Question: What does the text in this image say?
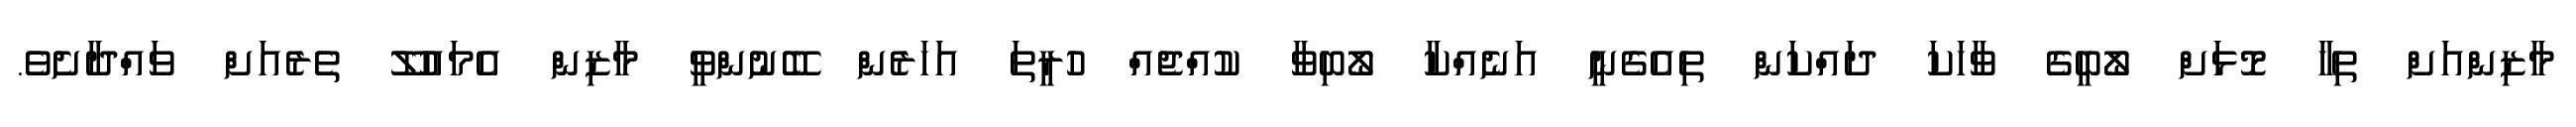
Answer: މާޒިންއަށް ތިހާ މޮޅަށް ލޯބީގެ ވާހަކަ ދައްކަން ތިއެގެނީ އަނެއްކާ ލޯބިވާ ކުއްޖެއް ހުރީތަ އަހަރެން ބޭނުންވީ މާޒިން އެމައުލޫ ތެރެއަށް ވައްދާށެވެ.